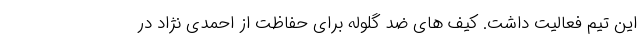
این تیم فعالیت داشت. کیف های ضد گلوله برای حفاظت از احمدی نژاد در